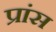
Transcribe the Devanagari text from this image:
प्रांस